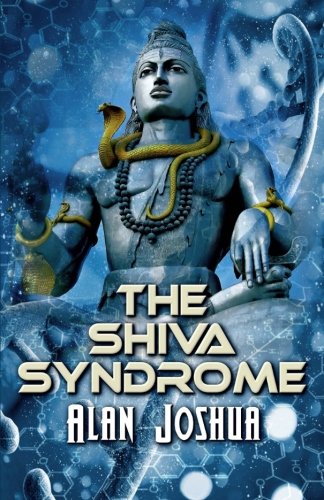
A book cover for The SHIVA Syndrome; Alan Joshua; Science Fiction & Fantasy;